Oriental or Dehli sore - Number 13
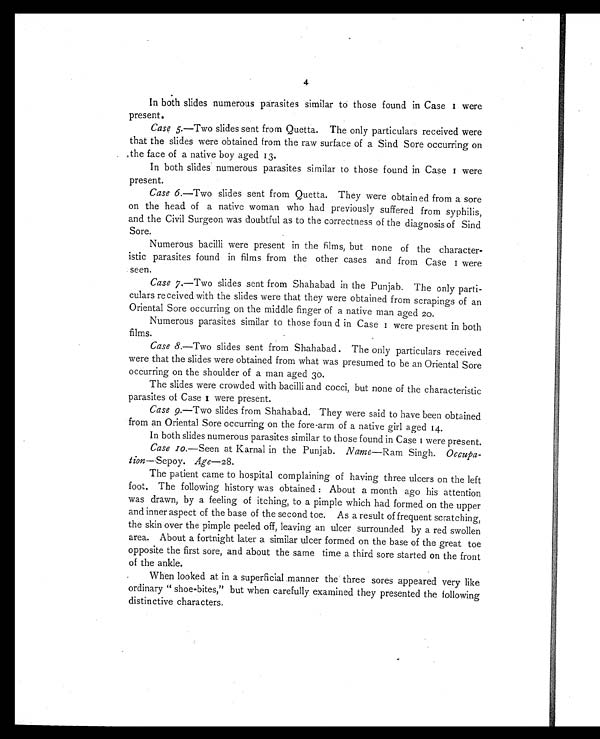
4
In both slides numerous parasites similar to those found in Case 1 were
present.
Case 5. —Two slides sent from Quetta. The only particulars received were
that the slides were obtained from the raw surface of a Sind Sore occurring on
the face of a native boy aged 13.
In both slides numerous parasites similar to those found in Case 1 were
present.
Case 6.—Two slides sent from Quetta. They were obtained from a sore
on the head of a native woman who had previously suffered from syphilis,
and the Civil Surgeon was doubtful as to the correctness of the diagnosis of Sind
Sore.
Numerous bacilli were present in the films, but none of the character-
istic parasites found in films from the other cases and from Case 1 were
seen.
Case 7 .—Two slides sent from Shahabad in the Punjab. The only parti-
culars received with the slides were that they were obtained from scrapings of an
Oriental Sore occurring on the middle finger of a native man aged 20.
Numerous parasites similar to those found in Case 1 were present in both
films.
Case 8. —Two slides sent from Shahabad . The only particulars received
were that the slides were obtained from what was presumed to be an Oriental Sore
occurring on the shoulder of a man aged 30.
The slides were crowded with bacilli and cocci, but none of the characteristic
parasites of Case 1 were present.
Case 9. —Two slides from Shahabad. They were said to have been obtained
from an Oriental Sore occurring on the fore-arm of a native girl aged 14.
In both slides numerous parasites similar to those found in Case 1 were present.
Case 10. —Seen at Karnal in the Punjab. Name—Ram Singh. Occupa-
tion —Sepoy. Age
—28.
The patient came to hospital complaining of having three ulcers on the left
foot. The following history was obtained : About a month ago his attention
was drawn, by a feeling of itching, to a pimple which had formed on the upper
and inner aspect of the base of the second toe. As a result of frequent scratching,
the skin over the pimple peeled off, leaving an ulcer surrounded by a red swollen
area. About a fortnight later a similar ulcer formed on the base of the great toe
opposite the first sore, and about the same time a third sore started on the front
of the ankle.
When looked at in a superficial manner the three sores appeared very like
ordinary " shoe-bites," but when carefully examined they presented the following
distinctive characters.